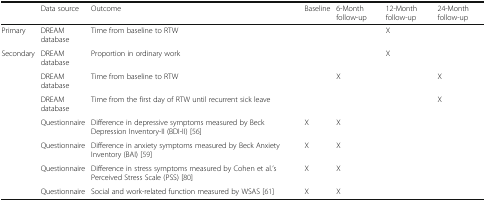
<table><thead><tr><td></td><td><b>Data source</b></td><td><b>Outcome</b></td><td><b>Baseline</b></td><td><b>6-Month follow-up</b></td><td><b>12-Month follow-up</b></td><td><b>24-Month follow-up</b></td></tr></thead><tbody><tr><td>Primary</td><td>DREAM database</td><td>Time from baseline to RTW</td><td></td><td></td><td>X</td><td></td></tr><tr><td rowspan="7">Secondary</td><td>DREAM database</td><td>Proportion in ordinary work</td><td></td><td></td><td>X</td><td></td></tr><tr><td>DREAM database</td><td>Time from baseline to RTW</td><td></td><td>X</td><td></td><td>X</td></tr><tr><td>DREAM database</td><td>Time from the first day of RTW until recurrent sick leave</td><td></td><td></td><td></td><td>X</td></tr><tr><td>Questionnaire</td><td>Difference in depressive symptoms measured by Beck Depression Inventory-II (BDI-II) [56]</td><td>X</td><td>X</td><td></td><td></td></tr><tr><td>Questionnaire</td><td>Difference in anxiety symptoms measured by Beck Anxiety Inventory (BAI) [59]</td><td>X</td><td>X</td><td></td><td></td></tr><tr><td>Questionnaire</td><td>Difference in stress symptoms measured by Cohen et al.’s Perceived Stress Scale (PSS) [80]</td><td>X</td><td>X</td><td></td><td></td></tr><tr><td>Questionnaire</td><td>Social and work-related function measured by WSAS [61]</td><td>X</td><td>X</td><td></td><td></td></tr></tbody></table>